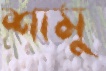
শামু